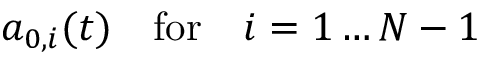
a _ { 0 , i } ( t ) \quad \mathrm { f o r } \quad i = 1 \dots N - 1